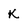
Character: k